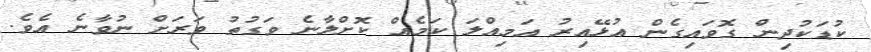
ކުޑަކުދިން ގޮވައިގެން އުޅޭއިރު އަމިއްލަ ކަމެއް ކޮށްލާނެ ވަގުތު ވަރަށް ނުވާނެ އެވެ.